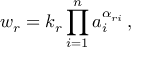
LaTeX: w _ { r } = k _ { r } \prod _ { i = 1 } ^ { n } a _ { i } ^ { \alpha _ { r i } } \, ,